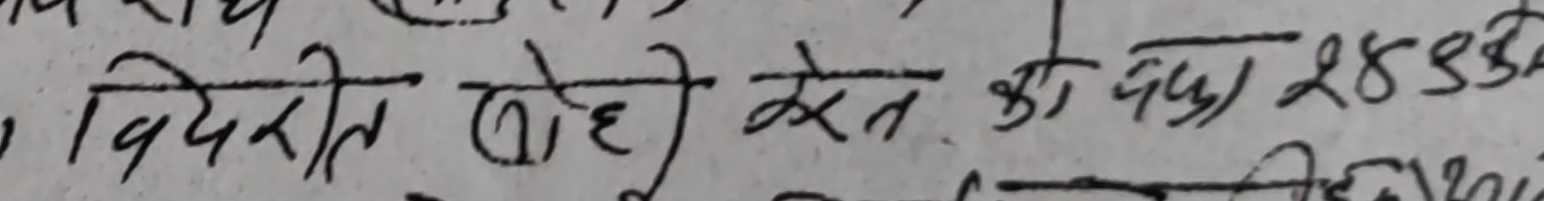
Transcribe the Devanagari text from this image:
विदेरीत लोहे खेत की पूरा 2853